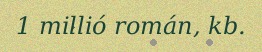
1 millió román, kb.